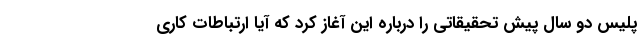
پلیس دو سال پیش تحقیقاتی را درباره این آغاز کرد که آیا ارتباطات کاری